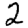
Digit: 2